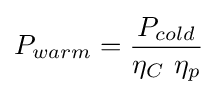
P_{warm}={\frac {P_{cold}}{\eta _{C}\ \eta _{p}}}